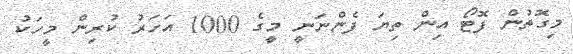
މިގޮތުން ފޮޓޯ އިން ތިޔަ ފެންނަނީ މީގެ 1000 އަހަރު ކުރިން މީހަކު